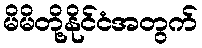
မိမိတို့နိုင်ငံအတွက်